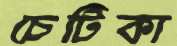
চেটিকা